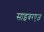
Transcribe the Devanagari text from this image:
साइबरएज